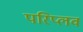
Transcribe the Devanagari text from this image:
परिप्लव